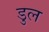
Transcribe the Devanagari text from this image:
डुल